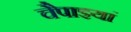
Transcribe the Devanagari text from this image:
चैपाइयां